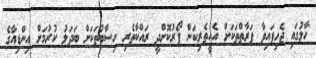
ހާލުގައި ޖެހިފައިވާ ފަރާތްތަކަށް އެހީތެރިކަން ފޯރުކޮށްދީ ރައްކާތެރި ހިސާބުތަކަށް ބަދަލު ކުރުމަށް އިންޑިއާގެ